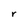
Character: r